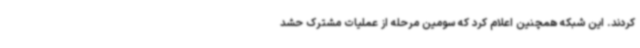
کردند. این شبکه همچنین اعلام کرد که سومین مرحله از عملیات مشترک حشد